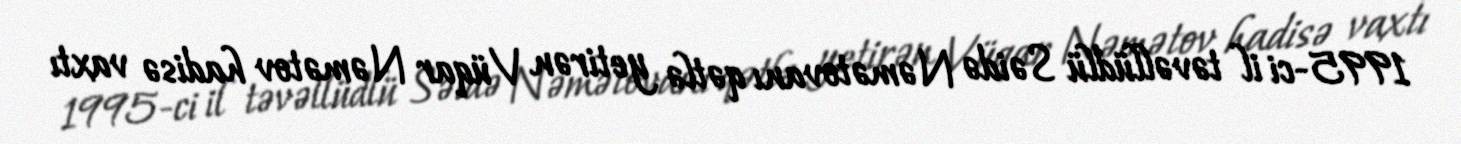
1995-ci il təvəllüdlü Səidə Nəmətovanı qətlə yetirən Vüqar Nəmətov hadisə vaxtı